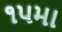
૧૫મા